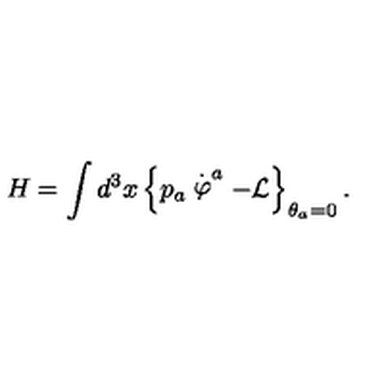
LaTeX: H = \int d ^ { 3 } x \left\{ p _ { a } \stackrel { . } { \varphi } ^ { a } - { \cal L } \right\} _ { \theta _ { a } = 0 } .